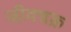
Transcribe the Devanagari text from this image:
जीवचक्र